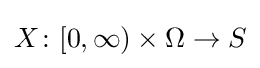
X\colon [0,\infty )\times \Omega \rightarrow S